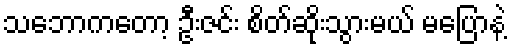
သဘောကတော့ ဦးဇင်း စိတ်ဆိုးသွားမယ် မပြောနဲ့